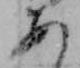
あ